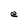
Character: e